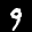
Label: 9